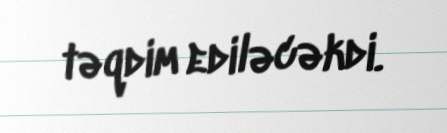
təqdim ediləcəkdi.